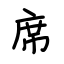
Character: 席